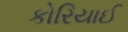
કોરિયાઈ